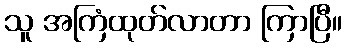
သူ အကြံထုတ်လာတာ ကြာပြီ။